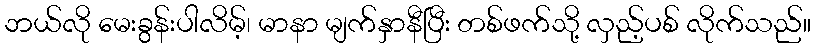
ဘယ်လို မေးခွန်းပါလိမ့်၊ မာနာ မျက်နှာနီပြီး တစ်ဖက်သို့ လှည့်ပစ် လိုက်သည်။